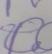
Signature authenticity: forged